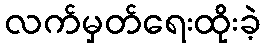
လက်မှတ်ရေးထိုးခဲ့